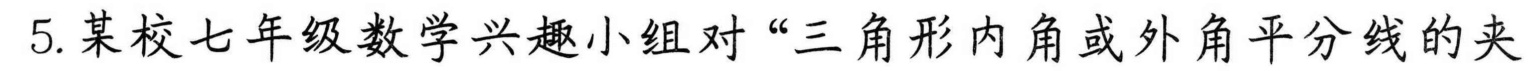
5. 某校七年级数学兴趣小组对“三角形内角或外角平分线的夹